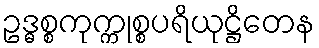
ဥဒ္ဓစ္စကုက္ကုစ္စပရိယုဋ္ဌိတေန